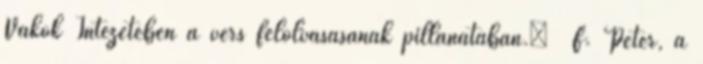
Vakok Intézetében a vers felolvasásának pillanatában.” F. Péter, a